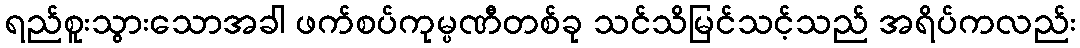
ရည်စူးသွားသောအခါ ဖက်စပ်ကုမ္ပဏီတစ်ခု သင်သိမြင်သင့်သည် အရိပ်ကလည်း